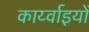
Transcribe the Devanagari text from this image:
कार्य्वाइयों